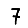
Digit: 7